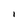
Character: l